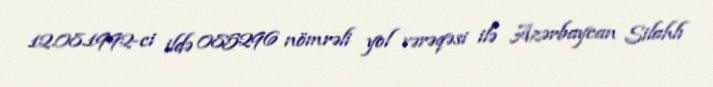
12.08.1992-ci ildə 085296 nömrəli yol vərəqəsi ilə Azərbaycan Silahlı